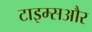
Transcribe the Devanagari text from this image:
टाइम्सऔर